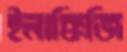
ইলাক্কিজি